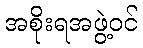
အစိုးရအဖွဲ့ဝင်